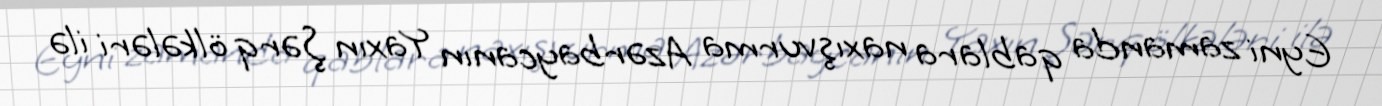
Eyni zamanda qablara naxışvurma Azərbaycanın Yaxın Şərq ölkələri ilə